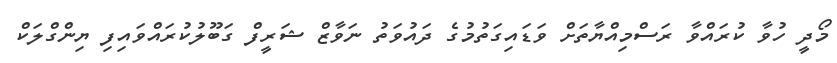
މޯދީ ހުވާ ކުރައްވާ ރަސްމިއްޔާތަށް ވަޑައިގަތުމުގެ ދައުވަތު ނަވާޒް ޝަރީފް ގަބޫލުކުރައްވައިފި ޔިންގްލަކް